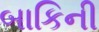
બાકિની